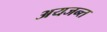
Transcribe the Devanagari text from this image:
अयजन्त